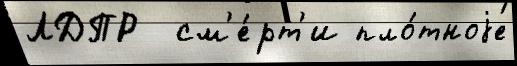
ЛДПР  см'е́рт'и пло́тноjе